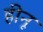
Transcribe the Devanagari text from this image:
हीनू